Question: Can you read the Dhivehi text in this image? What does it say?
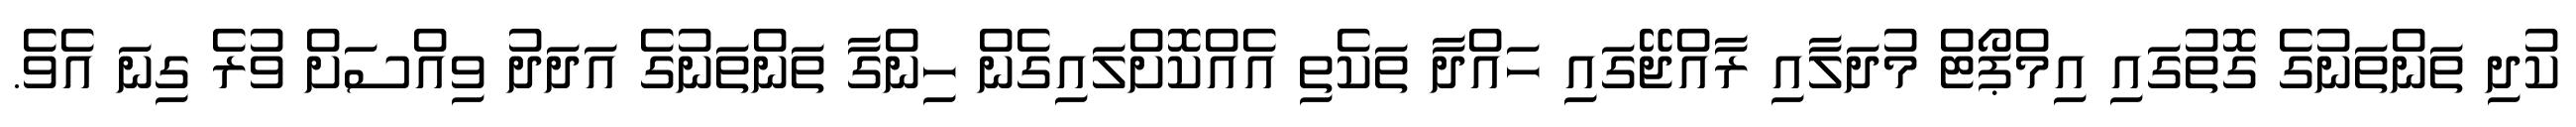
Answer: ކުދި ތަންތަނުގެ ގޮތުގައި އިމްޕޯޓް މުދަލާއި ރާއްޖޭގައި ހައްދާ ތަކެތި އެއްކޮށްލައިގެން ހިންގާ ތަންތަނުގެ އަދަދު ވިއްސަށް ވުރެ ގިނަ އެވެ.